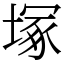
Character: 塚